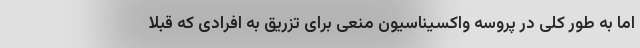
اما به طور کلی در پروسه واکسیناسیون منعی برای تزریق به افرادی که قبلا